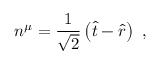
n ^ { \mu } = { \frac { 1 } { \sqrt { 2 } } } \left( { \hat { t } } - { \hat { r } } \right) \ ,